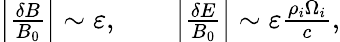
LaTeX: \begin{array}{r}{\left|\frac{\delta B}{B_{0}}\right|\sim\varepsilon,\qquad\left|\frac{\delta E}{B_{0}}\right|\sim\varepsilon\frac{\rho_{i}\Omega_{i}}{c},}\end{array}